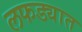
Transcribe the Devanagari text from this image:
लफड्यात